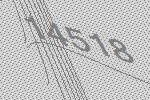
14518